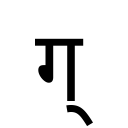
OCR:
ग्